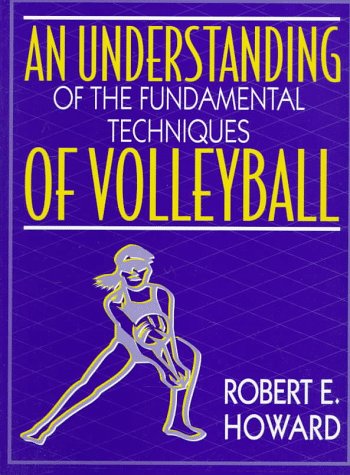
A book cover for An Understanding of the Fundamental Techniques of Volleyball; Bob Howard; Sports & Outdoors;